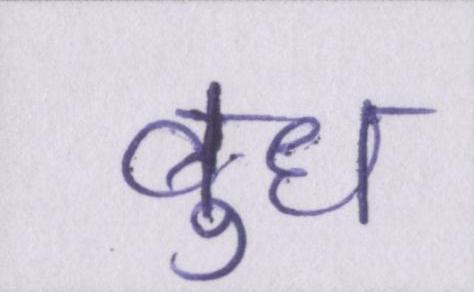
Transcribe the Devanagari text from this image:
बुध